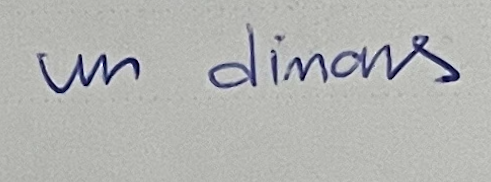
un dinars